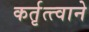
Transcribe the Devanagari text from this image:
कर्तृत्त्वाने